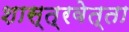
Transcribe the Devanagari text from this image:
शास्त्रवेत्ता